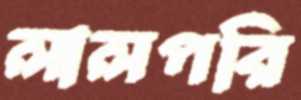
লালপরি